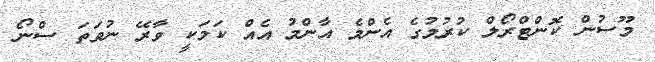
މޫސުން ކޮންޓްރޯލް ކުރުމުގެ އެންމެ އާންމު އެއް ކަމަކީ ވާރޭ ނުވަތަ ސްނޯ